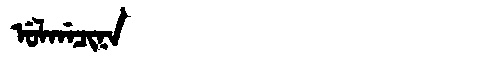
Manchu: ᡠᠯᡤᠠᠴᡳᠨᠠ
Romanization: ULGACINA